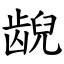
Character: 𫠜